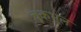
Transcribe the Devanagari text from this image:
चूकभूल